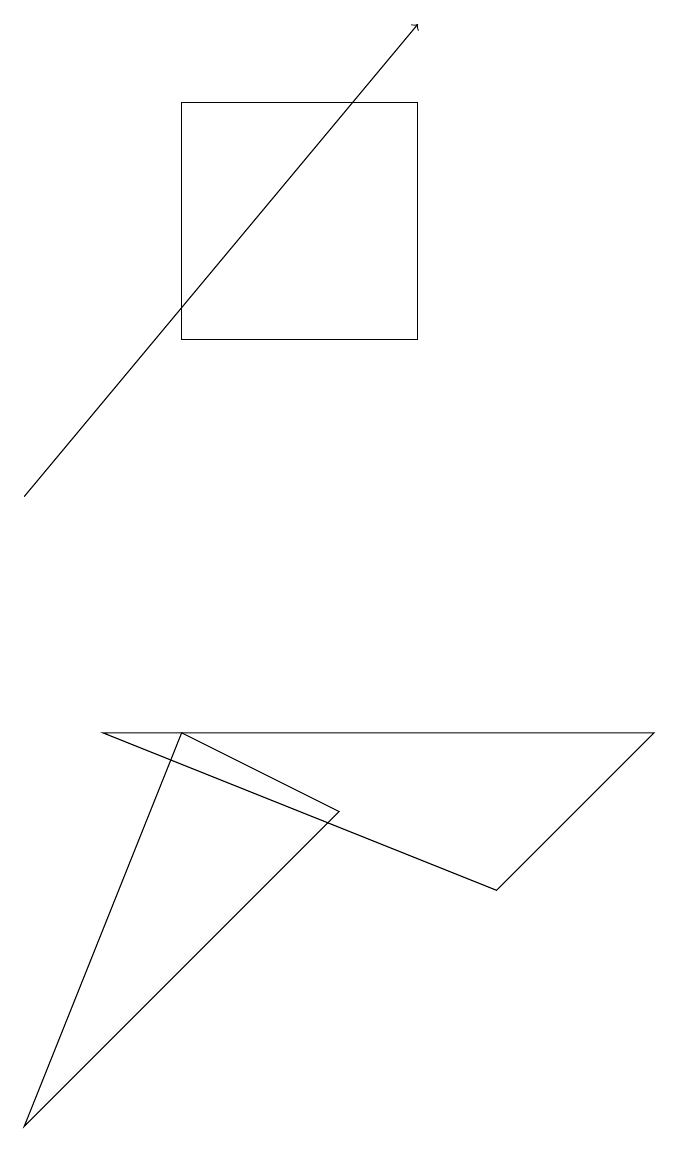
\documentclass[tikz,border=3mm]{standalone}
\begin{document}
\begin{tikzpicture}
\draw (3,17) rectangle (6,14);
\draw (5,8) -- (1,4) -- (3,9) -- cycle;
\draw (7,7) -- (2,9) -- (9,9) -- cycle;
\draw[->] (1,12) -- (6,18);
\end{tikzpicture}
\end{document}